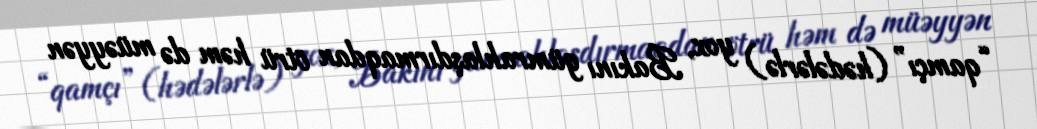
“qamçı” (hədələrlə) yox, Bakını gümrahlaşdırmaqdan ötrü həm də müəyyən